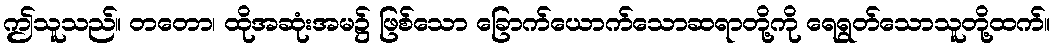
ဤသူသည်။ တတော၊ ထိုအဆုံးအမ၌ ဖြစ်သော ခြောက်ယောက်သောဆရာတို့ကို ရေရွတ်သောသူတို့ထက်။